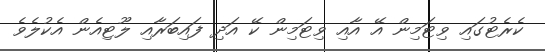
ކެރެޓުގައި ވިޓަމިން އޭ އާއި ވިޓަމިން ކޭ އަދި ފައިބަރާއި ލޫޓިއެން އެކުލެވެ